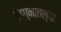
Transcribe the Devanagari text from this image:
लग्नातल्या